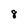
Character: 8